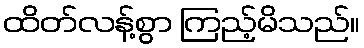
ထိတ်လန့်စွာ ကြည့်မိသည်။